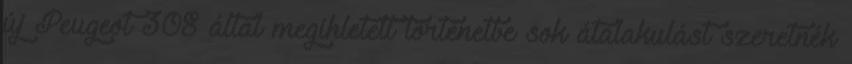
új Peugeot 308 által megihletett történetbe sok átalakulást szeretnék